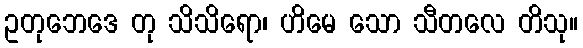
ဥတုဘေဒေ တု သိသိရော၊ ဟိမေ သော သီတလေ တိသု။